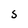
Character: S